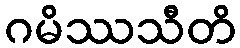
ဂမိဿသီတိ